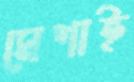
মেশাই